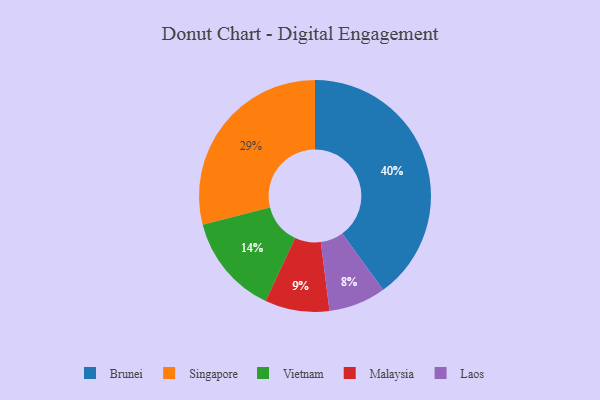
{"axis": {"x": "Category", "y": "Percentage"}, "legend": ["Brunei", "Laos", "Malaysia", "Singapore", "Vietnam"], "data": [{"x": "Singapore", "y": 29, "type": "Singapore"}, {"x": "Malaysia", "y": 9, "type": "Malaysia"}, {"x": "Vietnam", "y": 14, "type": "Vietnam"}, {"x": "Brunei", "y": 40, "type": "Brunei"}, {"x": "Laos", "y": 8, "type": "Laos"}]}